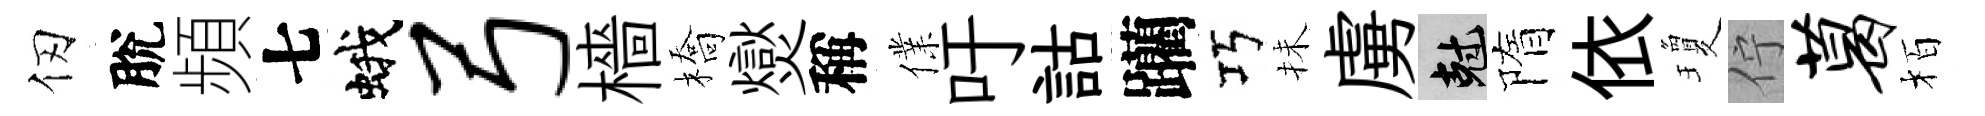
仞脫頻七蛾弓檣橋爕稱㒒吁詁躪巧抺虜剋隋依瓊佇葛栢